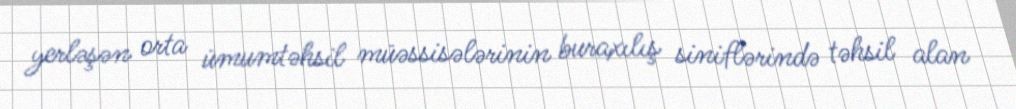
yerləşən orta ümumtəhsil müəssisələrinin buraxılış siniflərində təhsil alan